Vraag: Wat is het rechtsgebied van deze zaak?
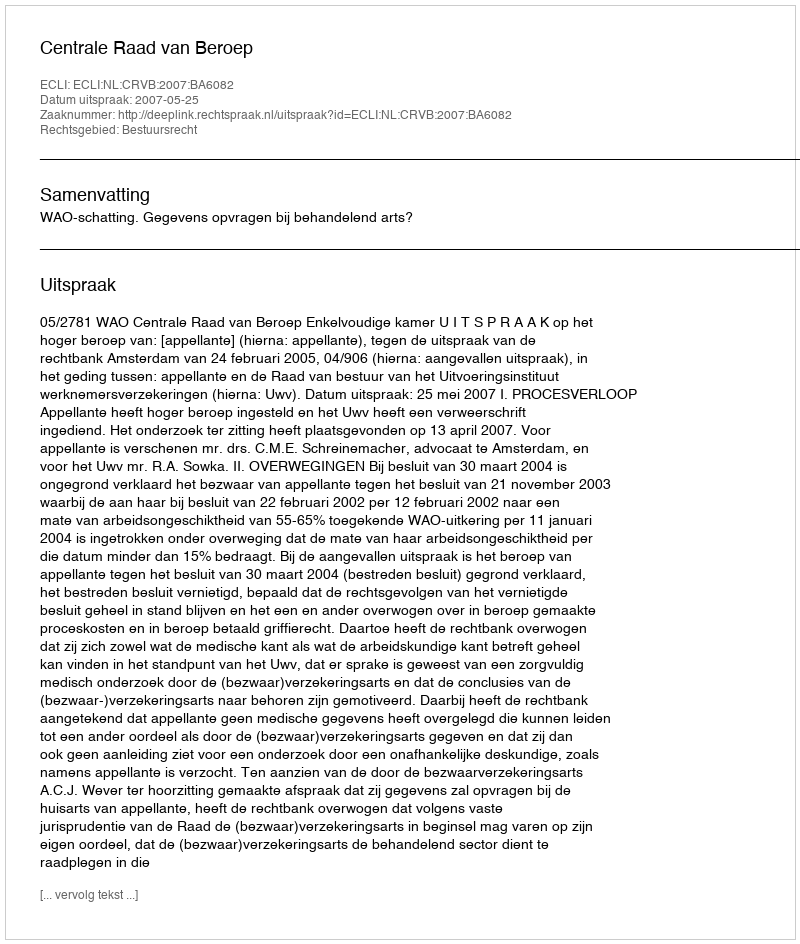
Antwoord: Bestuursrecht